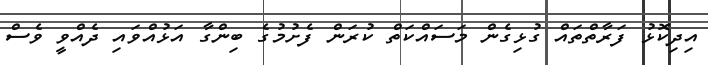
އިދިިކޮޅު ފަރާތްތައް ގުޅިގެން މަސައްކަތް ކުރަން ފެށުމުގެ ބިންގާ އަޅުއްވައި ދެއްވީ ވެސް